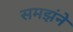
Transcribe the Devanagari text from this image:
समझंने